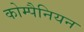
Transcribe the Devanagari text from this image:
कोम्पैनियन